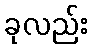
ခုလည်း